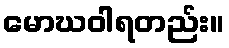
မောဃဝါရတည်း။